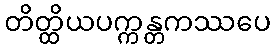
တိတ္ထိယပက္ကန္တကဿပေ